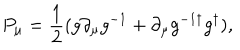
P _ { \mu } = { \frac { 1 } { 2 } } ( g \partial _ { \mu } g ^ { - 1 } + \partial _ { \mu } g ^ { - 1 \dagger } g ^ { \dagger } ) ,